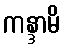
ကန္ဒာမိ